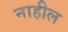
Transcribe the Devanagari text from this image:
नाहील